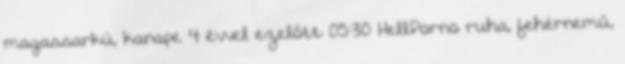
magassarkú, kanape 4 évvel ezelőtt 05:30 HellPorno ruha, fehérnemű,